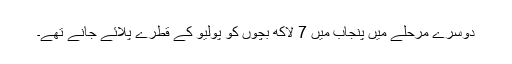
دوسرے مرحلے میں پنجاب میں 7 لاکھ بچوں کو پولیو کے قطرے پلائے جانے تھے۔